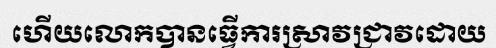
ហើយលោកបានធ្វើការស្រាវជ្រាវដោយ